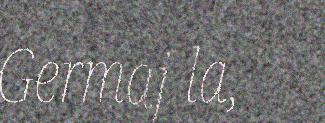
Germaj la,